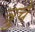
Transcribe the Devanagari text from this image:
त्रुचे